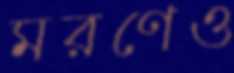
মরণেও